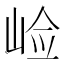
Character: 崄